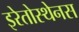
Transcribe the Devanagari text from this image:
इरेतोस्थेनस